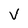
Character: V